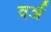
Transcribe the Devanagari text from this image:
वर्ञ